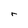
Character: r